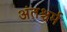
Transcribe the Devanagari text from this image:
अंतश्चर्म